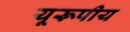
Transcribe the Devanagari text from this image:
यूरूपीय